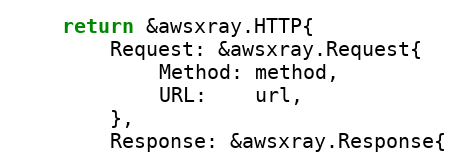
Language: Go
	return &awsxray.HTTP{
		Request: &awsxray.Request{
			Method: method,
			URL:    url,
		},
		Response: &awsxray.Response{